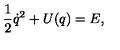
{ \frac 1 2 } { \dot { q } } ^ { 2 } + U ( q ) = { E } ,